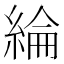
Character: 綸